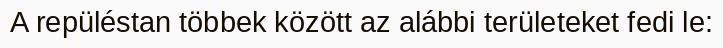
A repüléstan többek között az alábbi területeket fedi le: